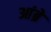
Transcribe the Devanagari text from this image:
आंब्रे